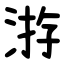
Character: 㳺